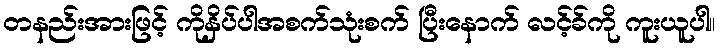
တနည်းအားဖြင့် ကိုနှိပ်ပါအစက်သုံးစက် ပြီးနောက် လင့်ခ်ကို ကူးယူပါ။